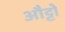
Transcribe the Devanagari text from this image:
औट्टो